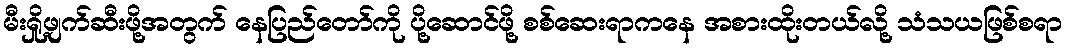
မီးရှို့ဖျက်ဆီးဖို့အတွက် နေပြည်တော်ကို ပို့ဆောင်ဖို့ စစ်ဆေးရာကနေ အစားထိုးတယ်လို့ သံသယဖြစ်စရာ